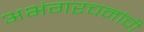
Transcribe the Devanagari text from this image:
अभंगरचनांची